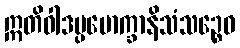
ဣတိဝါဒပ္ပမောက္ခာနိသံသဉ္စေဝ